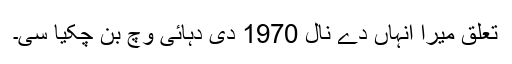
تعلق میرا انہاں دے نال 1970 دی دہائی وچ بن چکیا سی۔